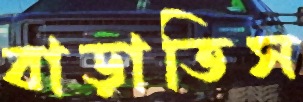
বাড়াতিস